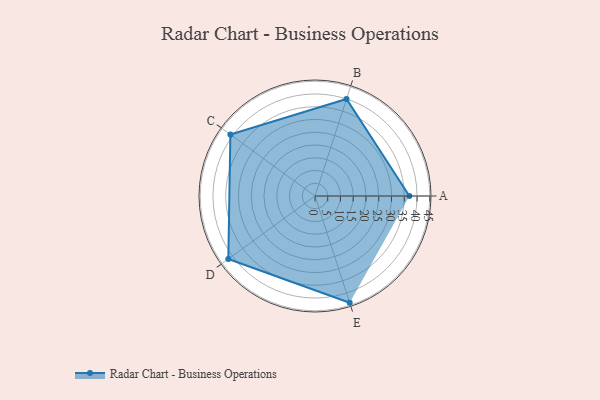
{"axis": {"x": "Skill", "y": "Score"}, "legend": ["Profile"], "data": [{"x": "A", "y": 37.0, "type": "Profile"}, {"x": "B", "y": 40.0, "type": "Profile"}, {"x": "C", "y": 41.0, "type": "Profile"}, {"x": "D", "y": 42.0, "type": "Profile"}, {"x": "E", "y": 44.0, "type": "Profile"}]}